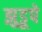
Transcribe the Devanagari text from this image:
झुडूपे